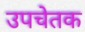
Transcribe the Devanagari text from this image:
उपचेतक